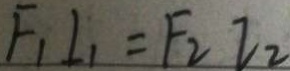
F _ { 1 } I _ { 1 } = F _ { 2 } I _ { 2 }